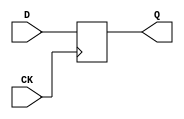
module dff (CK,Q,D);
input CK,D;
output reg Q;

always @(posedge CK) Q <= D;

endmodule